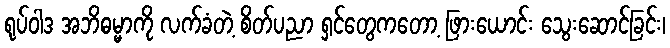
ရုပ်ဝါဒ အဘိဓမ္မာကို လက်ခံတဲ့ စိတ်ပညာ ရှင်တွေကတော့ ဖြားယောင်း သွေးဆောင်ခြင်း၊